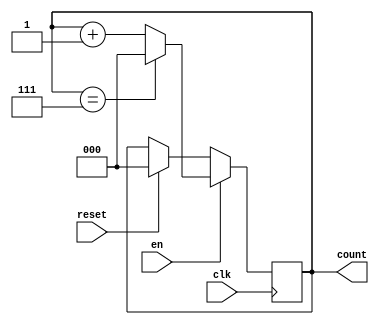
`timescale 1ns / 1ps
//////////////////////////////////////////////////////////////////////////////////
// Company: 
// Engineer: 
// 
// Design Name: 
// Module Name: binaryCounter
// Project Name: 
// Target Devices: 
// Tool Versions: 
// Description: 
// 
// Dependencies: 
// 
// Revision:
// Revision 0.01 - File Created
// Additional Comments:
// 
//////////////////////////////////////////////////////////////////////////////////


module binaryCounter#(parameter x = 3, y = 8)(input clk, reset, en, output reg [x-1:0] count);
always @(posedge clk) begin
if (reset == 1) count <= 0; 
if(en == 1) begin
 if(count == y-1) count <= 0;
 else count <= count + 1;
end
end
endmodule